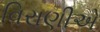
વિરાણીએ